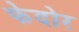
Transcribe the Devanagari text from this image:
फेदोर